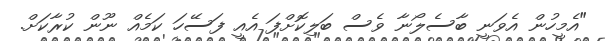
"އެމީހުން އެވަނީ ބާސެލޯނާ ވެސް ބަލިކޮށްފަ އެއީ ފަސޭހަ ކަމެއް ނޫން ކުރާކަށް.